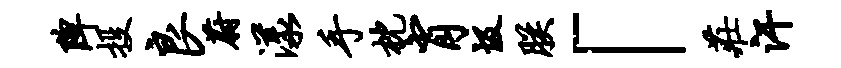
陴投良蔚漾手枕肖圾朕「庄汗